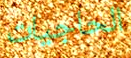
الحاجيات